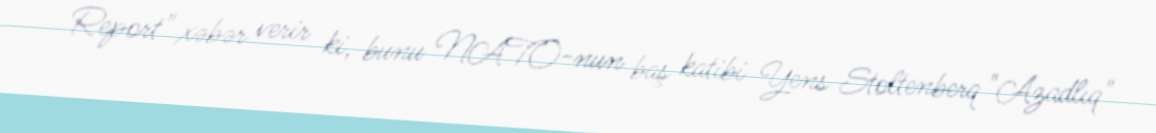
Report" xəbər verir ki, bunu NATO-nun baş katibi Yens Stoltenberq "Azadlıq"